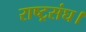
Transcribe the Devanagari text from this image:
राष्ट्रसंघ।